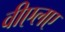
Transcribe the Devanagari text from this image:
वीएलए